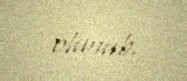
olunub.